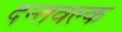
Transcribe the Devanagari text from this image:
दन्तवल्क